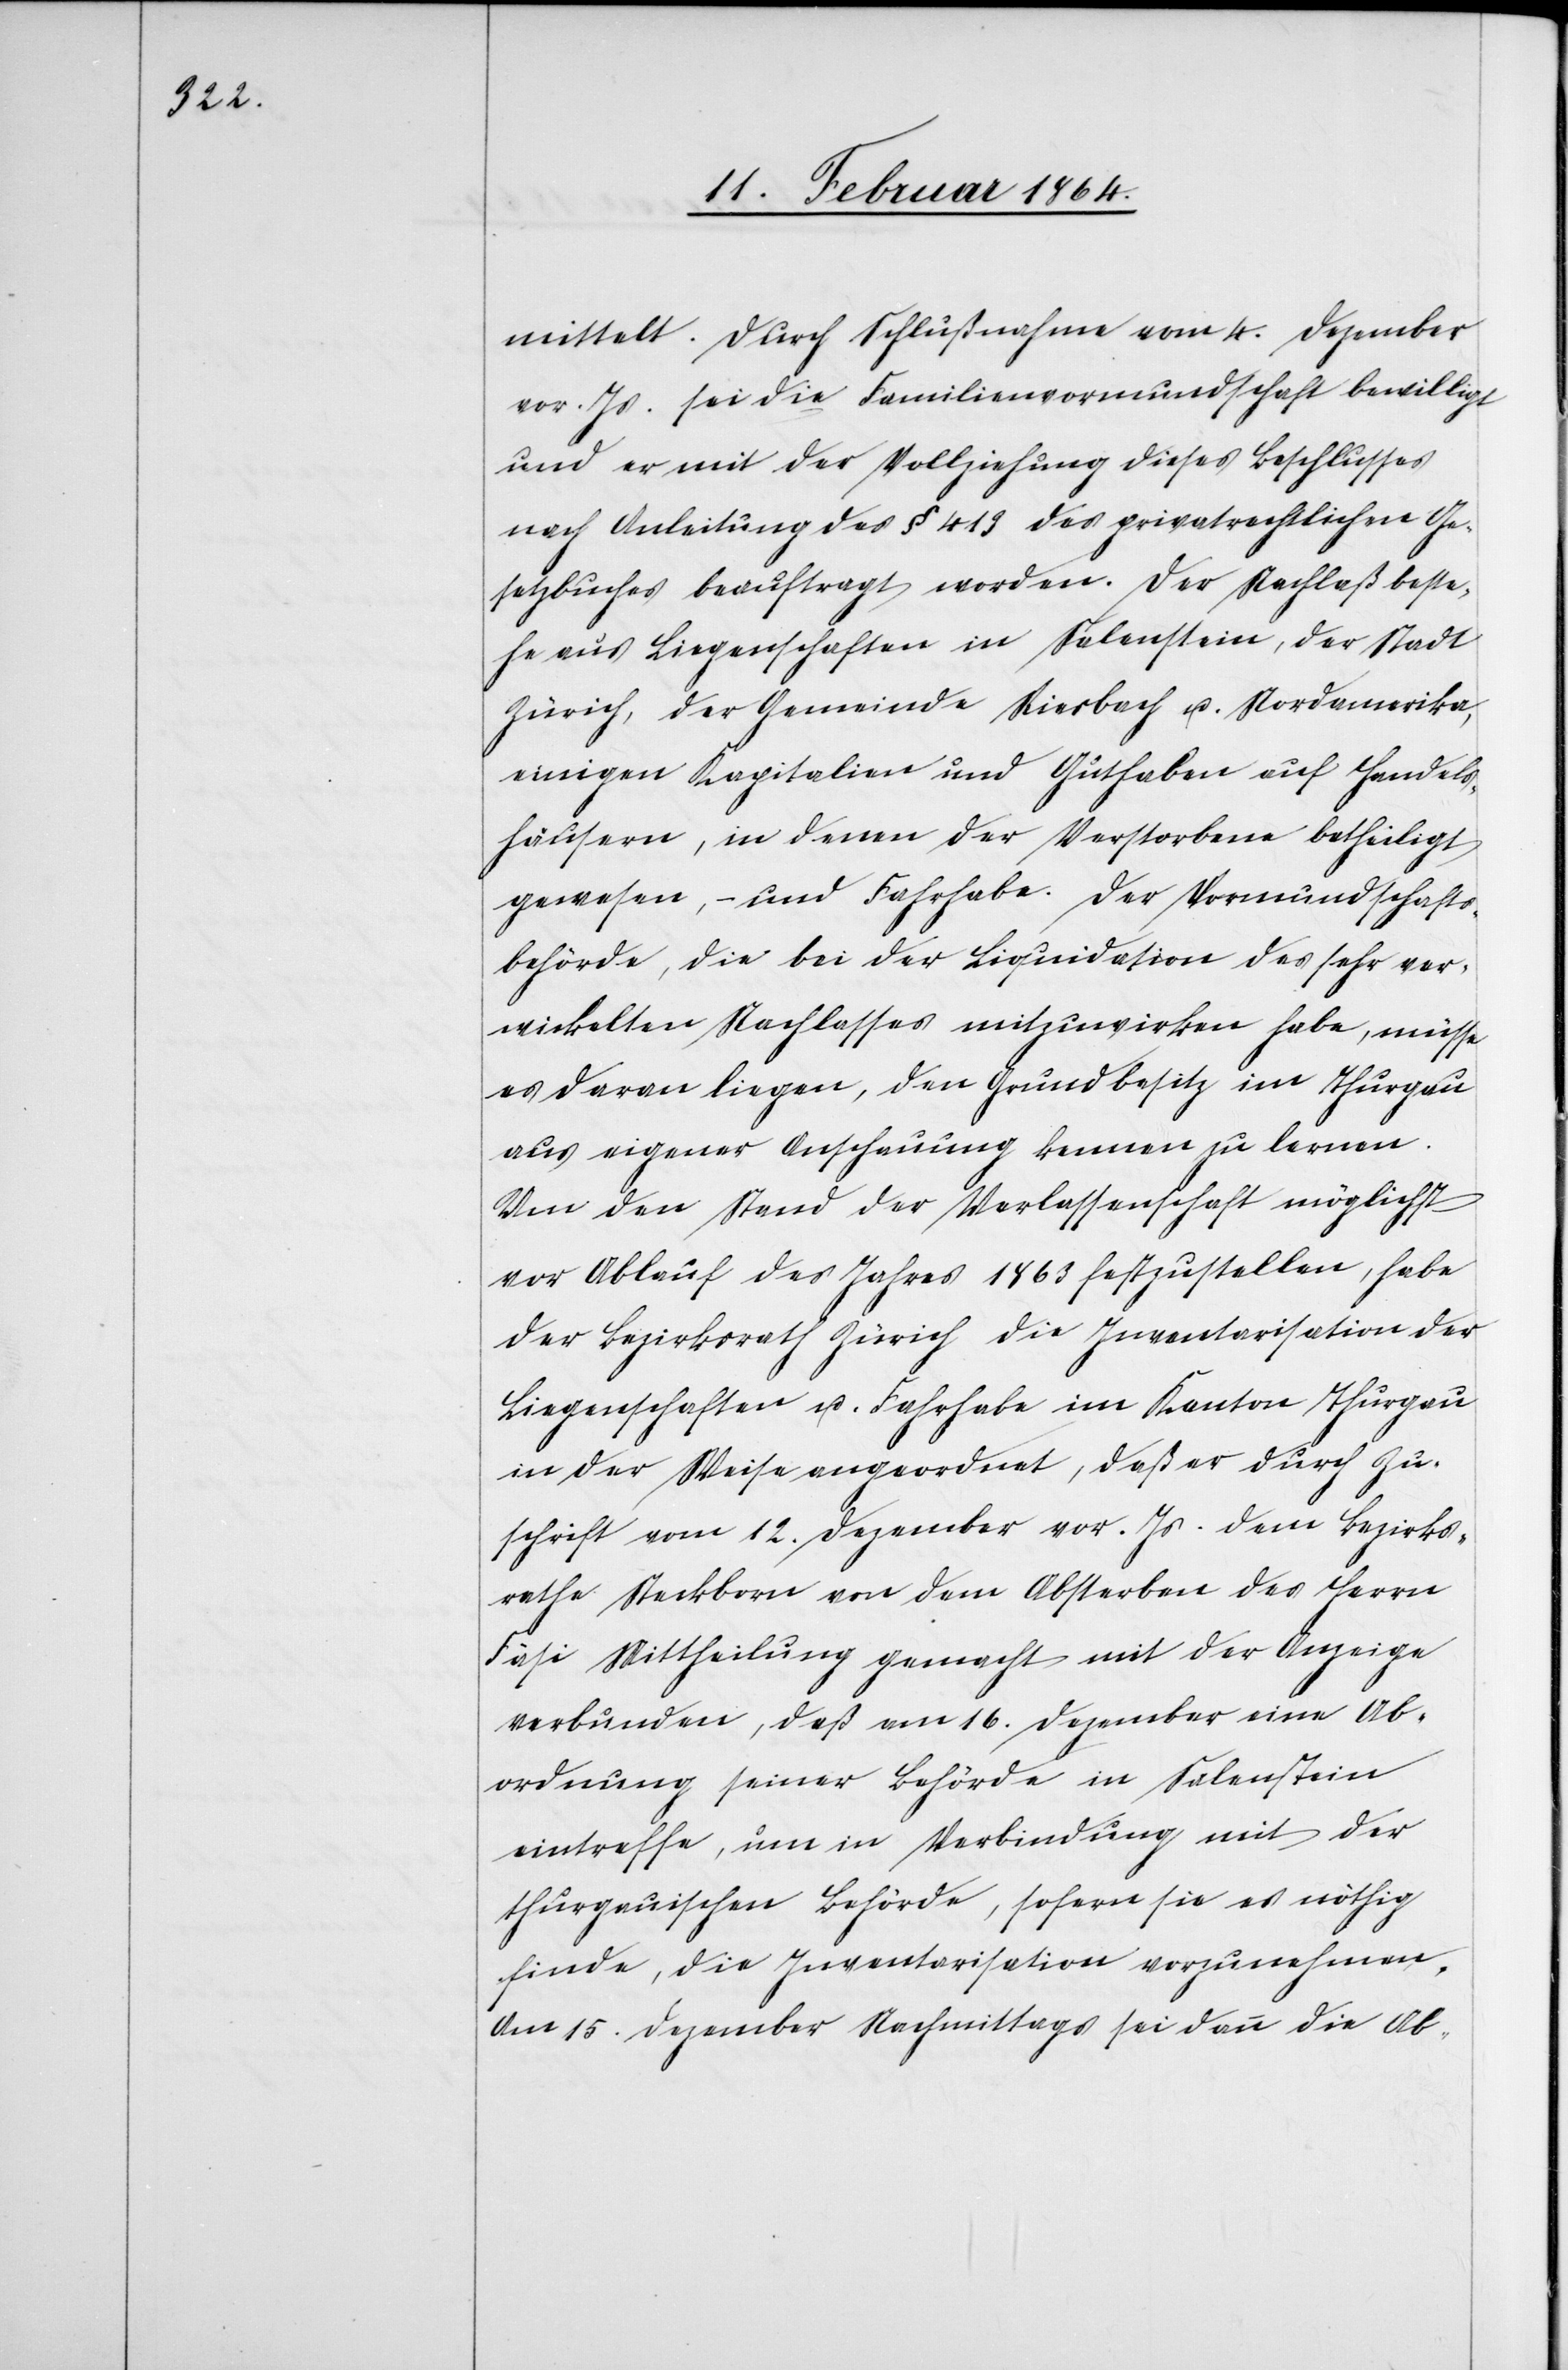
mittelt. Durch Schlußnahme vom 4. Dezember
vor. Js. sei die Familienvormundschaft bewilligt
und er mit der Vollziehung dieses Beschlusses
nach Anleitung des § 419 des privatrechtlichen Ge¬
setzbuches beauftragt worden. Der Nachlaß beste¬
he aus Liegenschaften in Salenstein, der Stadt
Zürich, der Gemeinde Riesbach u. Nordamerika,
einigen Kapitalien und Guthaben auf Handels¬
häusern, in denen der Verstorbene betheiligt
gewesen, – und Fahrhabe. Der Vormundschafts¬
behörde, die bei der Liquidation des sehr ver¬
wickelten Nachlasses mitzuwirken habe, müsse
es daran liegen, den Grundbesitz im Thurgau
aus eigener Anschauung kennen zu lernen.
Um den Stand der Verlassenschaft möglichst
vor Ablauf des Jahres 1863 festzustellen, habe
der Bezirksrath Zürich die Inventarisation der
Liegenschaften u. Fahrhabe im Kanton Thurgau
in der Weise angeordnet, daß er durch Zu¬
schrift vom 12. Dezember vor. Js. dem Bezirks¬
rathe Steckborn von dem Absterben des Herrn
Fäsi Mittheilung gemacht mit der Anzeige
verbunden, daß am 16. Dezember eine Ab¬
ordnung seiner Behörde in Salenstein
eintreffe, um in Verbindung mit der
thurgauischen Behörde, sofern sie es nöthig
finde, die Inventarisation vorzunehmen.
Am 15. Dezember Nachmittags sei dann die Ab-